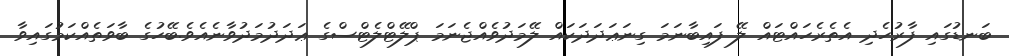
ބަނޑުގައި ފާރުހެދި އެތެރެހައްޓައް ލޭ ފައިބާނަމަ ގިނަޢަދަދަކައް ލޭމަދުވެއްޖެނަމަ ޕްލޭޓްލެޓްސްގެ ޢަދަދުމަދުވާނެއެވެ.ބޭހުގެ ބާވަތެއްކަމުގައިވާ